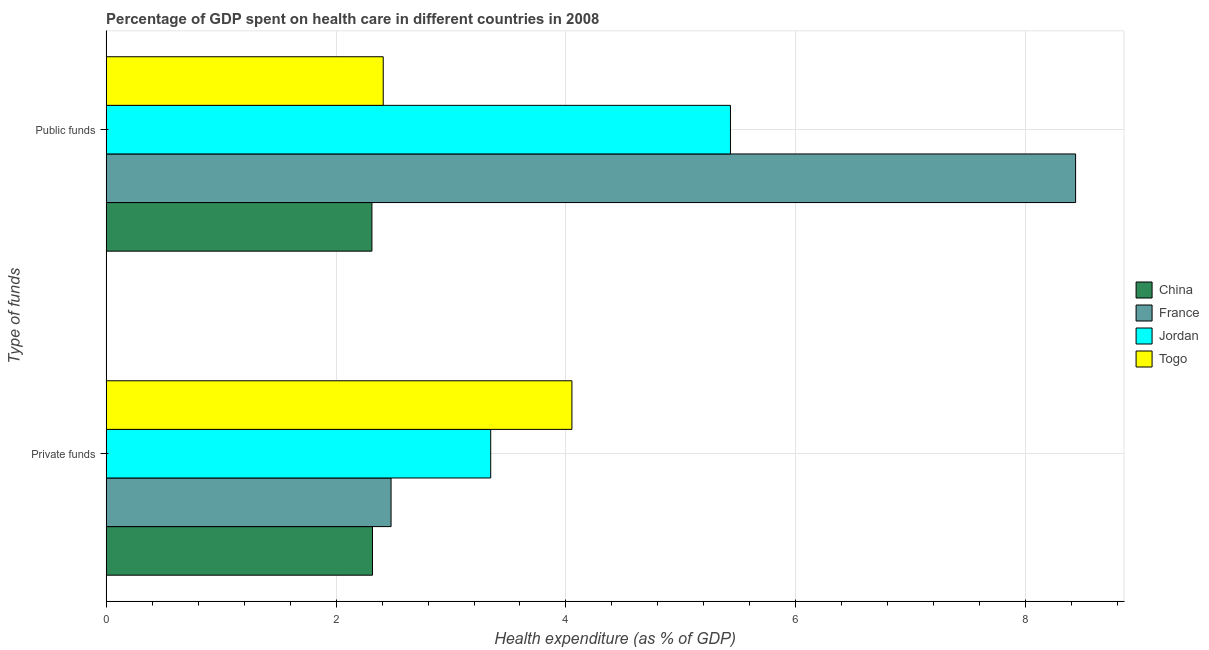
| Type of funds | China | France | Jordan | Togo |
 | --- | --- | --- | --- | --- |
 | Private funds | 2.32 | 2.48 | 3.35 | 4.05 |
 | Public funds | 2.31 | 8.43 | 5.43 | 2.41 |